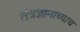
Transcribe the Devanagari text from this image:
तंत्रज्ञानाच्याच